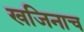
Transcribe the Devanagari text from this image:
खजिनाच